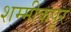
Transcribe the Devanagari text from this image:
शम्मीकपूर